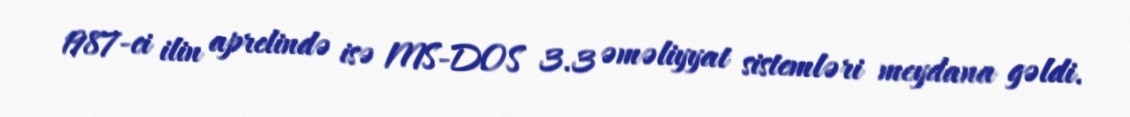
1987-ci ilin aprelində isə MS-DOS 3.3 əməliyyat sistemləri meydana gəldi.